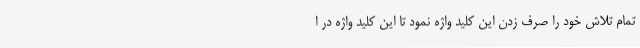
تمام تلاش خود را صرف زدن این کلید واژه نمود تا این کلید واژه در ا